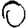
Digit: 0